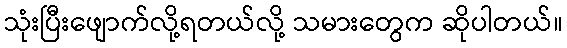
သုံးပြီးဖျောက်လို့ရတယ်လို့ သမားတွေက ဆိုပါတယ်။